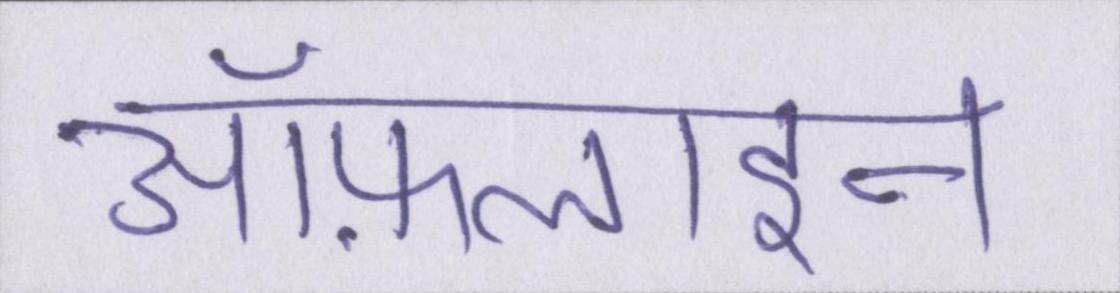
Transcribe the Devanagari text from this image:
ऑफ़लाइन